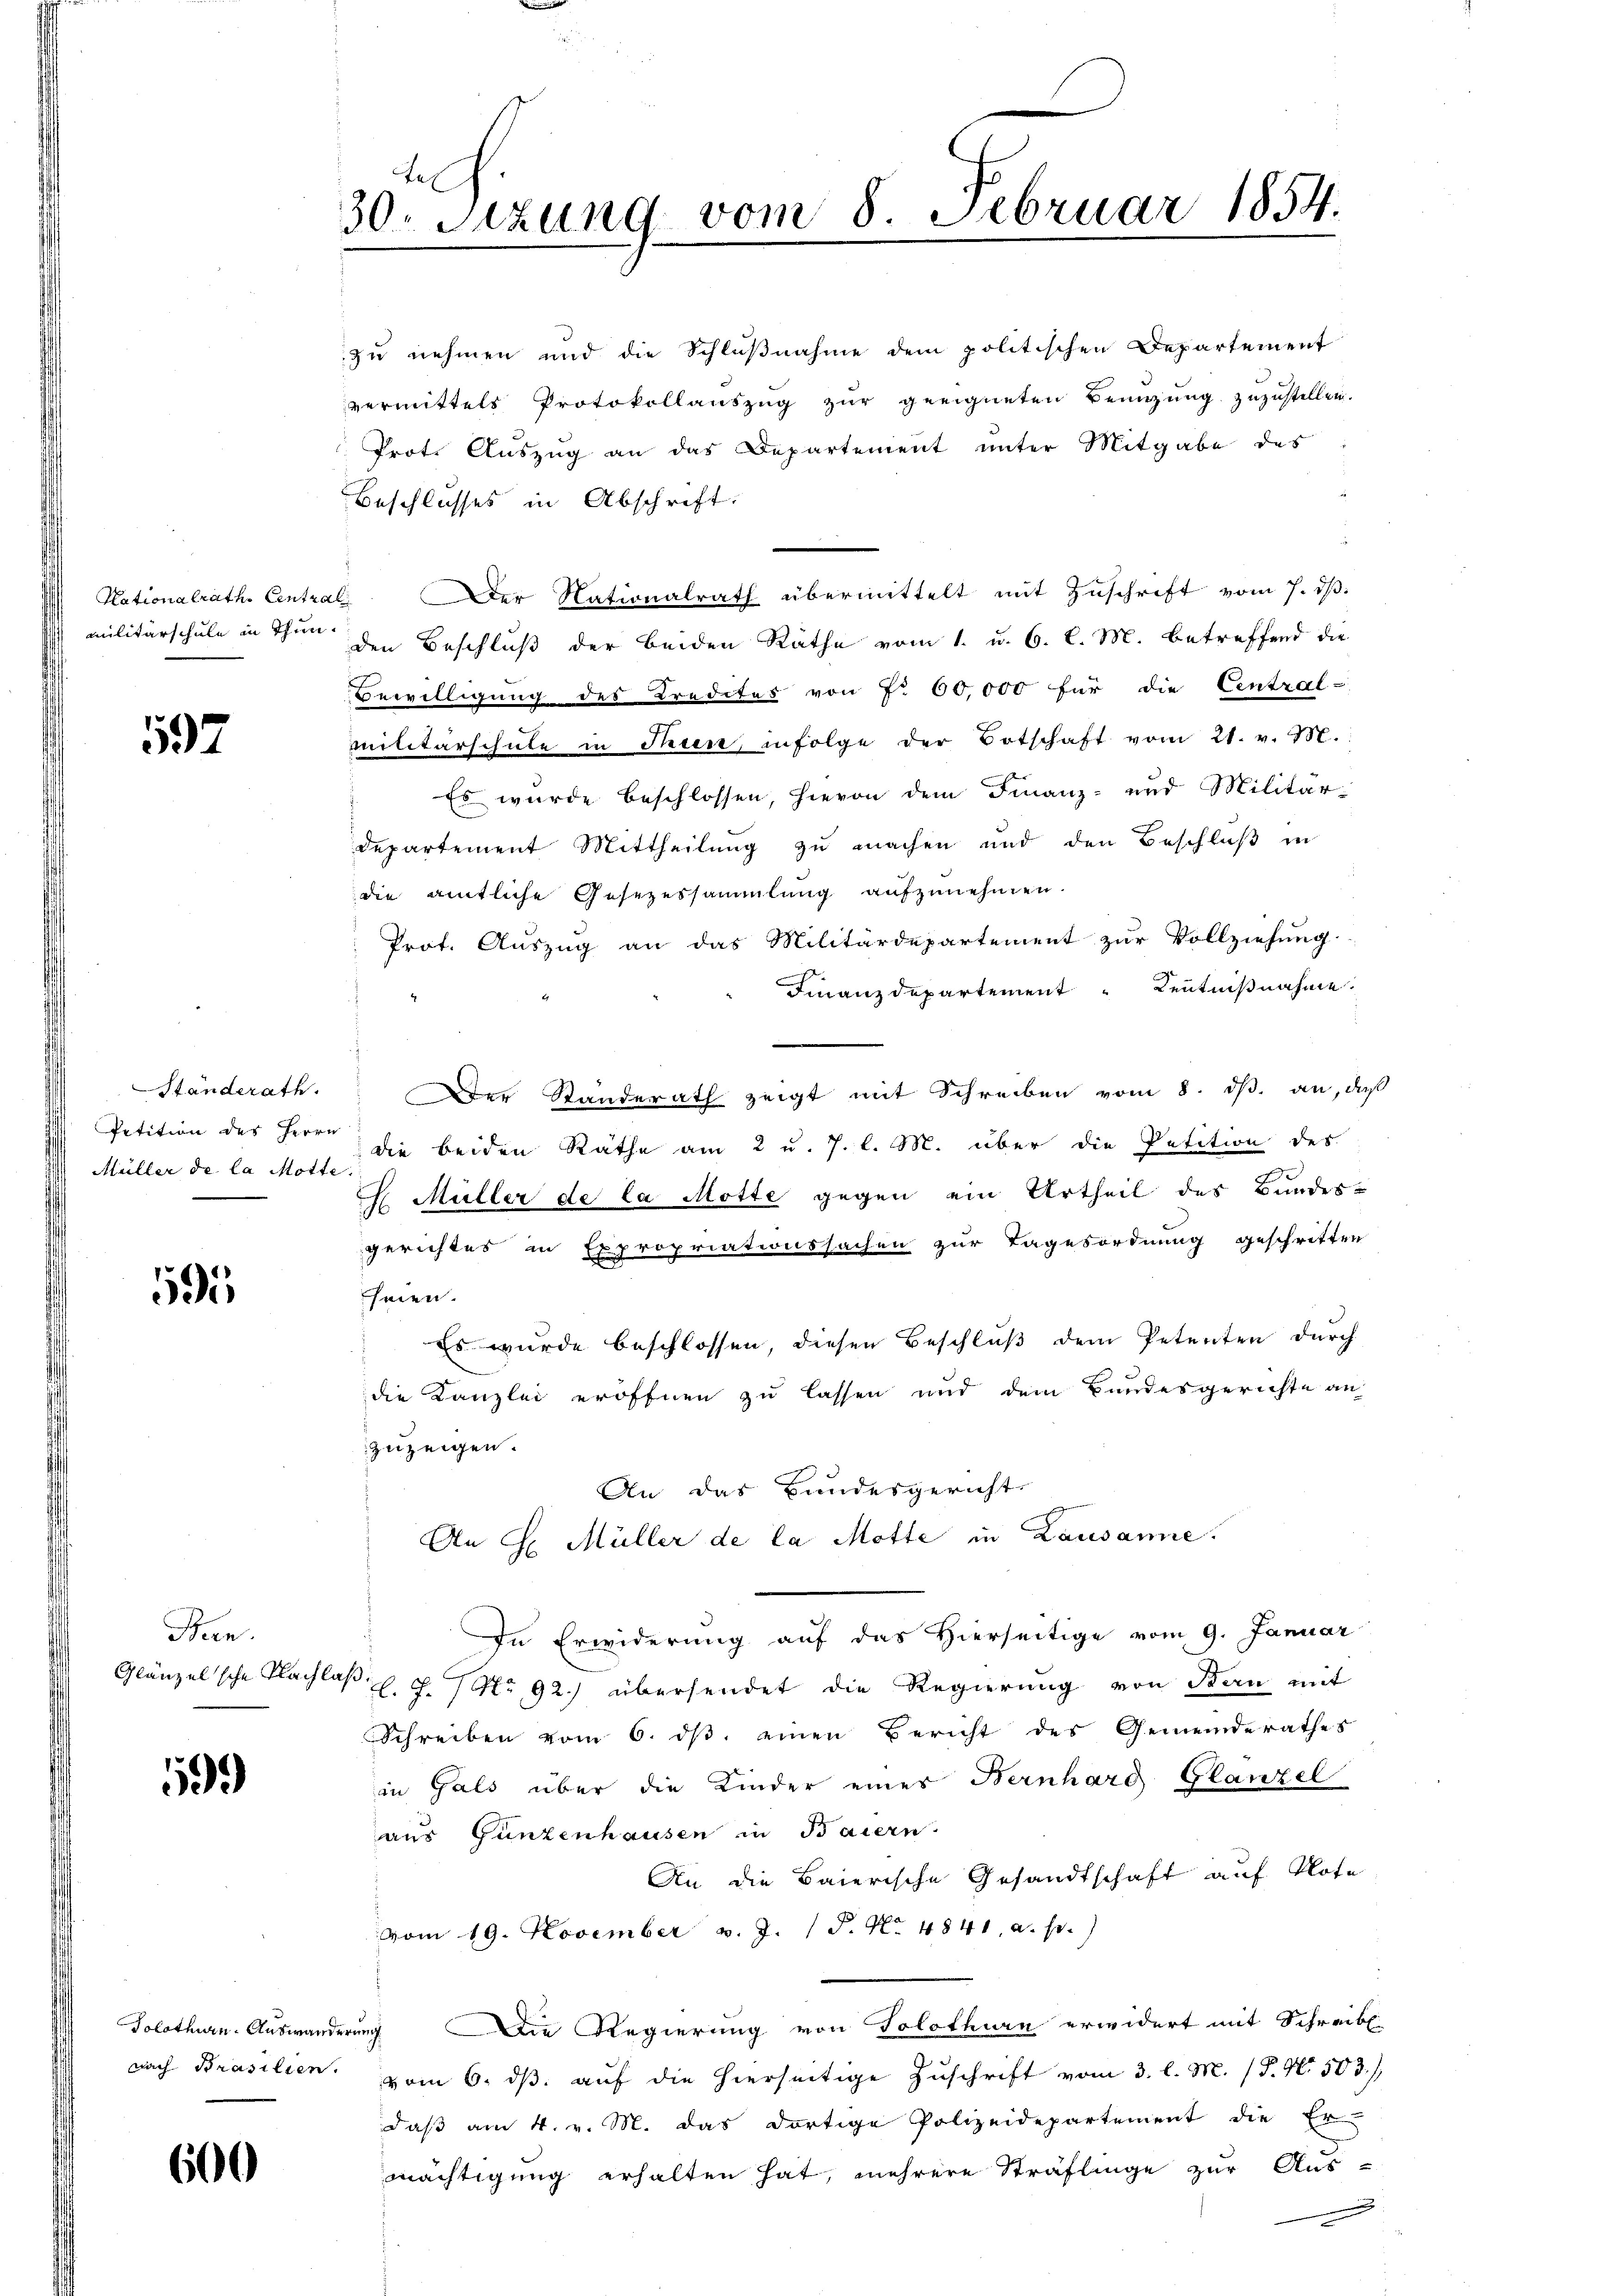
597

Petition des Herrn
Müller de la Motte.

195

Bern.

199

600

30. Sitzung vom 8. Februar 1854.

zu nehmen und die Schlußnahme dem politischen Departement
vermittels Protokollauszug zur geeigneten Benutzung zuzustellen.
Prot. Auszug an das Departement unter Mitgabe des
Beschlusses in Abschrift:
Hationalrath Central. Der Nationalrath übermittelt mit Zuschrift vom 7. d.
militärschule in Thun den Beschluß der beiden Räthe vom 1. u. 6. l. M. betreffend die
Bewilligung des Kredites von Fr. 60,000 für die Central-
militärschule in Seien, infolge der Totschaft vom 21. v. 18.
Es wurde beschlossen, hievon dem Finanz- und Militärdepartement Mittheilung zu machen und den Beschluß in
die amtliche Gesezessammlung aufzunehmen.
Prot. Auszug an das Militärdepartement zur Vollziehung.
Finanzdepartement Kenntnißnahme.
Ständerath. Der Standerath zeigt mit Schreiben vom 8. dß. an, daß
die beiden Räthe am 2 u. 7. l. M. über die Petition des
 Müller de la Motte gegen ein Urtheil des Bundes-
gerichtes in Expropriationssachen zur Tagesordnung geschritten
heien.
Es wurde beschlossen, diesen Beschluß dem Petenten durch
die Kanzlei eröffnen zu lassen und dem Bundesgerichte an
zuzeigen.
An das Bundesgericht
An H. Müller de la Motte in Lausanne.
In Erwiderung auf das Hierseitige vom 9. Januar
Glänzelsche Flachlas P. Nr. 92) übersendet die Regierung von Bau mit
Schreiben vom 6. dβ einen Bericht des Gemeinderathes
in Gals über die Kinder eines Bernhard Glanzel
aus Günzenhausen in Baiern.
An die Baierische Gesandtschaft auf Klote
vom 19. November v. J. P. Nr. 4841, a. p.)
e
Solothurn. Auswanderung Die Regierung von Solothurn erwidert mit Schreibe
nach Prasilien, vom 6. dβ aŭf die hierseitige Zuschrift vom 3. l. M. (T. N. 503.),
daβ am 4. v. M. das dortige Polizeidepartement die Er
mächtigung erhalten hat, mehrere Sträflinge zur Aus-
.